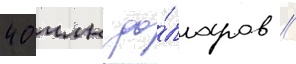
40 млн до́лларов //